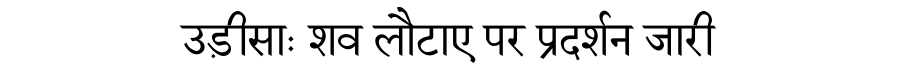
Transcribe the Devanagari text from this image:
उड़ीसाः शव लौटाए पर प्रदर्शन जारी